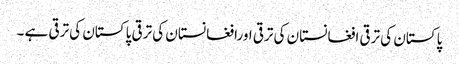
پاکستان کی ترقی افغانستان کی ترقی اورافغانستان کی ترقی پاکستان کی ترقی ہے ۔